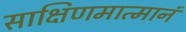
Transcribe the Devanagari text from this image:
साक्षिणमात्मानं